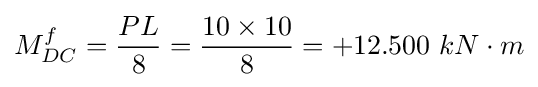
M_{DC}^{f}={\frac {PL}{8}}={\frac {10\times 10}{8}}=+12.500\ kN\cdot m